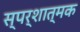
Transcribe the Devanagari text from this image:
स्पर्शात्मक